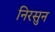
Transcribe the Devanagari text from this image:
निरसुन